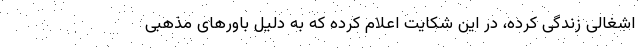
اشغالی زندگی کرده، در این شکایت اعلام کرده که به دلیل باورهای مذهبی